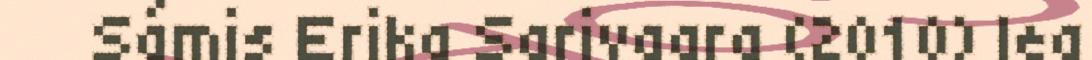
Sámis Erika Sarivaara (2010) lea